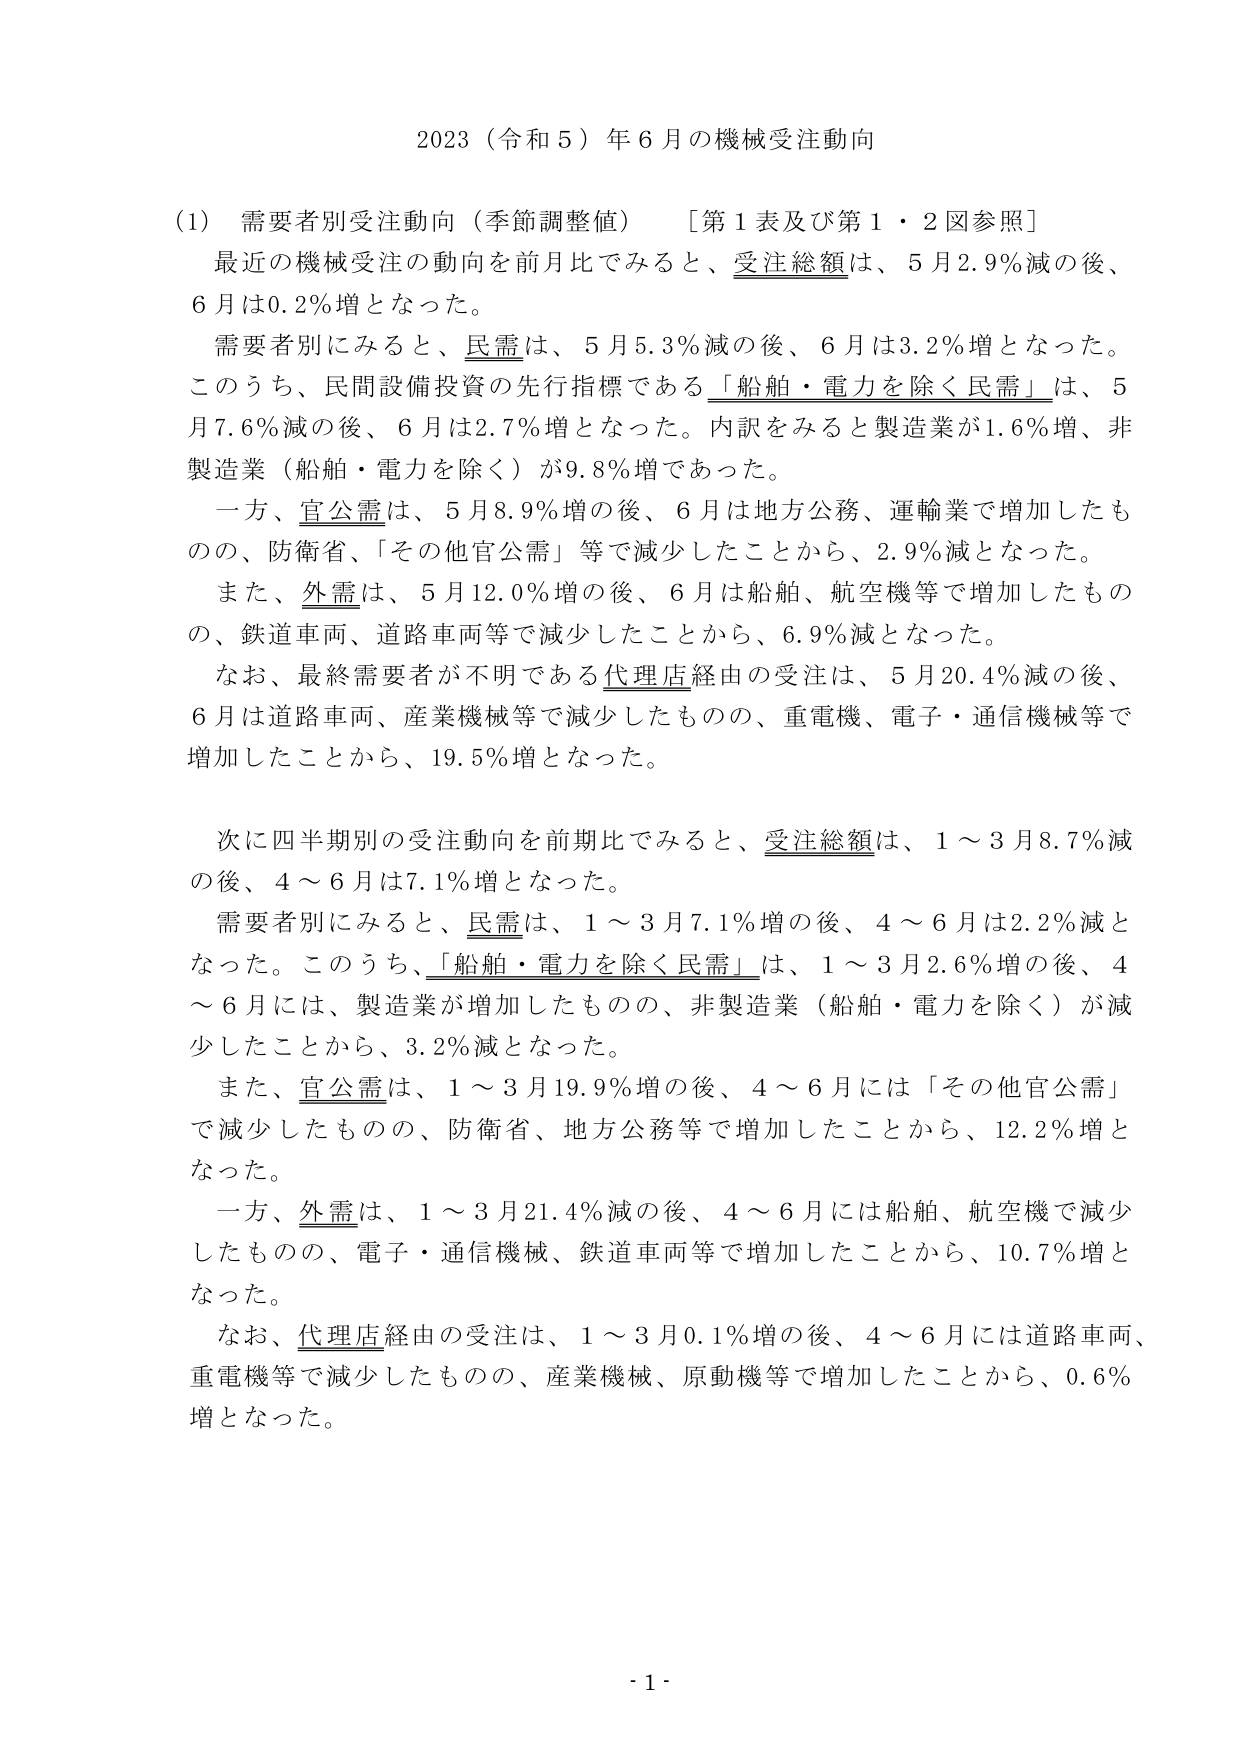
2023（令和5）年6月の機械受注動向

（1）需要者別受注動向（季節調整値）　［第1表及び第1・2図参照］
最近の機械受注の動向を前月比でみると、受注総額は、5月2.9％減の後、
6月は0.2％増となった。
需要者別にみると、民需は、5月5.3％減の後、6月は3.2％増となった。
このうち、民間設備投資の先行指標である「船舶・電力を除く民需」は、5
月7.6％減の後、6月は2.7％増となった。内訳をみると製造業が1.6％増、非
製造業（船舶・電力を除く）が9.8％増であった。
一方、官公需は、5月8.9％増の後、6月は地方公務、運輸業で増加したも
のの、防衛省、「その他官公需」等で減少したことから、2.9％減となった。
また、外需は、5月12.0％増の後、6月は船舶、航空機等で増加したもの
の、鉄道車両、道路車両等で減少したことから、6.9％減となった。
なお、最終需要者が不明である代理店経由の受注は、5月20.4％減の後、
6月は道路車両、産業機械等で減少したものの、重電機、電子・通信機械等で
増加したことから、19.5％増となった。

次に四半期別の受注動向を前期比でみると、受注総額は、1～3月8.7％減
の後、4～6月は7.1％増となった。
需要者別にみると、民需は、1～3月7.1％増の後、4～6月は2.2％減と
なった。このうち、「船舶・電力を除く民需」は、1～3月2.6％増の後、4
～6月には、製造業が増加したものの、非製造業（船舶・電力を除く）が減
少したことから、3.2％減となった。
また、官公需は、1～3月19.9％増の後、4～6月には「その他官公需」
で減少したものの、防衛省、地方公務等で増加したことから、12.2％増と
なった。
一方、外需は、1～3月21.4％減の後、4～6月には船舶、航空機で減少
したものの、電子・通信機械、鉄道車両等で増加したことから、10.7％増と
なった。
なお、代理店経由の受注は、1～3月0.1％増の後、4～6月には道路車両、
重電機等で減少したものの、産業機械、原動機等で増加したことから、0.6％
増となった。

- 1 -